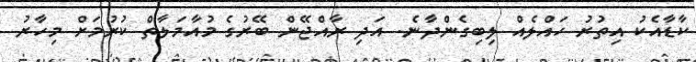
ކާޑާއެކު އިތުރު ހައްލެއް ލިބިގެންދާނެ. އަދި ރާއްޖޭން ބޭރުގެ މުއާމަލާތް ކުރުމަށް މިހާރު